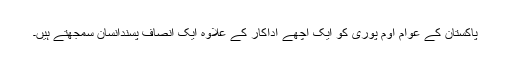
پاکستان کے عوام اوم پوری کو ایک اچھے اداکار کے علاوہ ایک انصاف پسندانسان سمجھتے ہیں۔